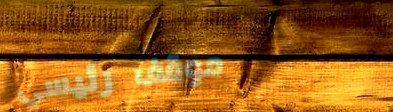
موقف رئيسي